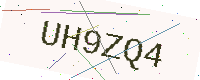
Text: UH9ZQ4